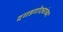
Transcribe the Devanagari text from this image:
दगडगोट्यांच्या